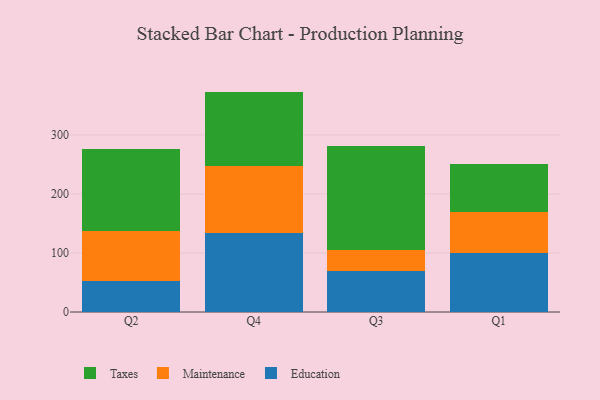
{"axis": {"x": "Quarter", "y": "Customer Acquisition Cost (USD)"}, "legend": ["Education", "Maintenance", "Taxes"], "data": [{"x": "Q2", "y": 53.1, "type": "Education"}, {"x": "Q2", "y": 84.1, "type": "Maintenance"}, {"x": "Q2", "y": 138.8, "type": "Taxes"}, {"x": "Q4", "y": 133.9, "type": "Education"}, {"x": "Q4", "y": 113.4, "type": "Maintenance"}, {"x": "Q4", "y": 126.1, "type": "Taxes"}, {"x": "Q3", "y": 69.2, "type": "Education"}, {"x": "Q3", "y": 36.4, "type": "Maintenance"}, {"x": "Q3", "y": 175.4, "type": "Taxes"}, {"x": "Q1", "y": 99.7, "type": "Education"}, {"x": "Q1", "y": 69.9, "type": "Maintenance"}, {"x": "Q1", "y": 81.8, "type": "Taxes"}]}